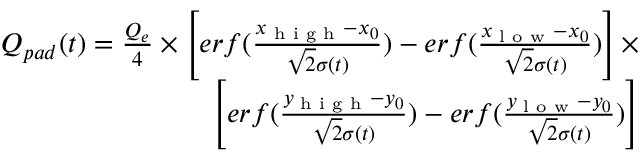
\begin{array} { r } { Q _ { p a d } ( t ) = \frac { Q _ { e } } { 4 } \times \left[ e r f ( \frac { x _ { \textup { h i g h } } - x _ { 0 } } { \sqrt { 2 } \sigma ( t ) } ) - e r f ( \frac { x _ { \textup { l o w } } - x _ { 0 } } { \sqrt { 2 } \sigma ( t ) } ) \right] \times } \\ { \left[ e r f ( \frac { y _ { \textup { h i g h } } - y _ { 0 } } { \sqrt { 2 } \sigma ( t ) } ) - e r f ( \frac { y _ { \textup { l o w } } - y _ { 0 } } { \sqrt { 2 } \sigma ( t ) } ) \right] } \end{array}